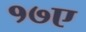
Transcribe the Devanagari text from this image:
१७ए